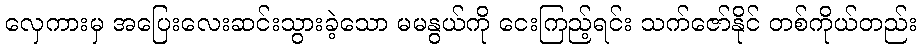
လှေကားမှ အပြေးလေးဆင်းသွားခဲ့သော မမနွယ်ကို ငေးကြည့်ရင်း သက်ဇော်နိုင် တစ်ကိုယ်တည်း